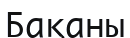
Бақаны